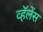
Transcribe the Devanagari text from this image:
व्हॅलेंस